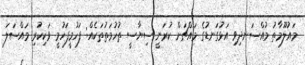
މައުލޫމާތު މުއްސަނދިވި އަޅުގަނޑުގެ މައްޗަށް ކުރަނީ ސިޔާސީ ތުހުމަތުތަކެއް: ފަހުމީފަހުމީ ވަކިކުރި މައްސަލަ